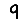
Digit: 9